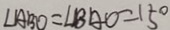
\angle A B O = \angle B A O = 1 5 ^ { \circ }